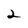
Character: 2